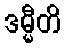
ဒမ္မီတိ